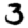
Digit: 3